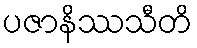
ပဇာနိဿသီတိ